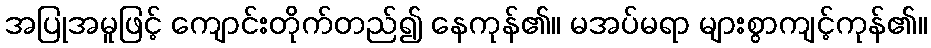
အပြုအမူဖြင့် ကျောင်းတိုက်တည်၍ နေကုန်၏။ မအပ်မရာ များစွာကျင့်ကုန်၏။